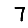
Digit: 7